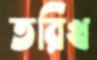
তরিখ